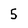
Character: 5